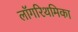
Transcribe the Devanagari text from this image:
लॉगरिथमिका